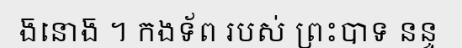
ង៑នោង៑ ។ កងទ័ព របស់ ព្រះបាទ នន្ទ